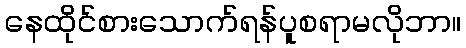
နေထိုင်စားသောက်ရန်ပူစရာမလိုဘာ။